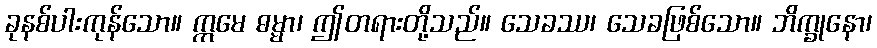
ခုနစ်ပါးကုန်သော။ ဣမေ ဓမ္မာ၊ ဤတရားတို့သည်။ သေခဿ၊ သေခဖြစ်သော။ ဘိက္ခုနော၊